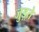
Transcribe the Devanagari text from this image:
जुड़्ते